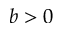
b > 0